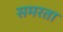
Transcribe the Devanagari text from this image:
समरता